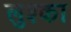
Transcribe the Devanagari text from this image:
लुश्का